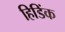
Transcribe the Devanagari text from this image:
हिडिंक